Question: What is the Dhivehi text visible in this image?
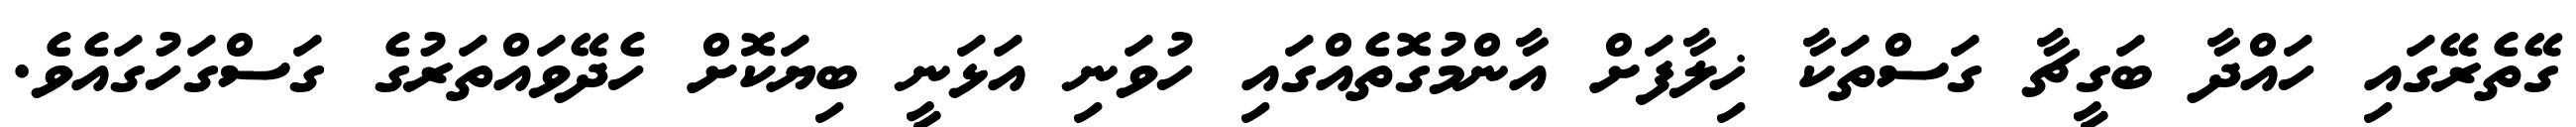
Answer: ގޭތެރޭގައި ހައްދާ ބަގީޗާ ގަސްތަކާ ޚިލާފަށް އާންމުގޮތެއްގައި ހުވަނި އަޅަނީ ބިޔަކޮށް ހެދޭވައްތަރުގެ ގަސްގަހުގައެވެ.